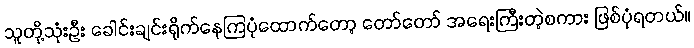
သူတို့သုံးဦး ခေါင်းချင်းရိုက်နေကြပုံထောက်တော့ တော်တော် အရေးကြီးတဲ့စကား ဖြစ်ပုံရတယ်။